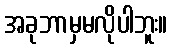
အခုဘာမှမလိုပါဘူး။